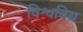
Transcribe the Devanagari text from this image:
विश्वविद्य